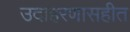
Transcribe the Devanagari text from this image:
उदाहरणासहीत